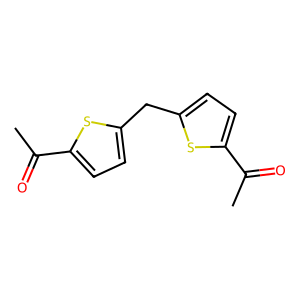
SMILES: CC(=O)c1ccc(Cc2ccc(C(C)=O)s2)s1
Inhibits HIV replication: No